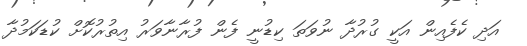
އަދި ކެފެއިން އަކީ ގުރުދާ ނުވަތަ ކިޑުނީ ފެން ފުރާނާވަރު އިތުރުކޮށް ކުޑަކަމުދާ